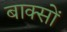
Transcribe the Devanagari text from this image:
बाक्सों